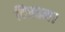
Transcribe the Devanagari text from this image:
विस्राम।